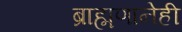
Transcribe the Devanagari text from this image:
ब्राह्मणानेही